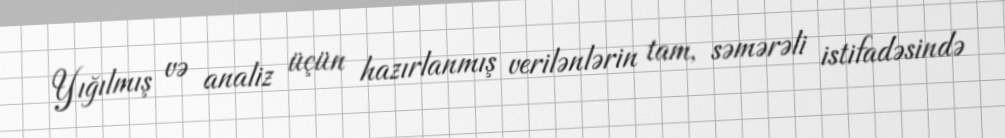
Yığılmış və analiz üçün hazırlanmış verilənlərin tam, səmərəli istifadəsində